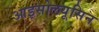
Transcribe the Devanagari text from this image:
आइसोलयूसिन